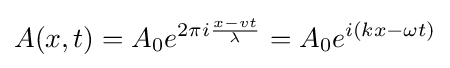
A(x,t)=A_{0}e^{2\pi i{\frac {x-vt}{\lambda }}}=A_{0}e^{i(kx-\omega t)}